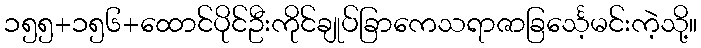
၁၅၅+၁၅၆+ထောင်ပိုင်ဦးကိုင်ချုပ်ခြာကေသရာဇာခြင်္သေ့မင်းကဲ့သို့။